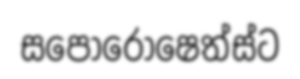
සපොරොෂෙත්ස්ට